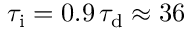
\tau _ { \mathrm { i } } = 0 . 9 \, \tau _ { \mathrm { d } } \approx 3 6